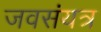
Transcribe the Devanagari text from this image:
जवसंयत्र